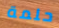
حلمة